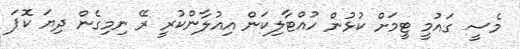
މެސީ ގައުމީ ޓީމަށް ކުޅުން ހުއްޓާލިކަން އިއުލާންކުރީ ރޭ ނިމިގެން ދިޔަ ކޮޕަ